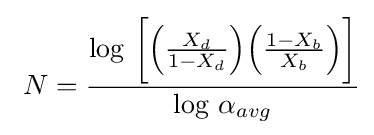
\ N={\frac {\log \,{\bigg [}{\Big (}{\frac {X_{d}}{1-X_{d}}}{\Big )}{\Big (}{\frac {1-X_{b}}{X_{b}}}{\Big )}{\bigg ]}}{\log \,\alpha _{avg}}}